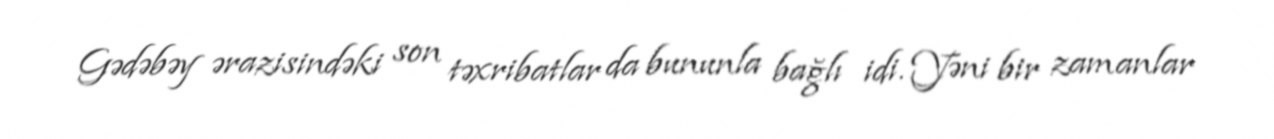
Gədəbəy ərazisindəki son təxribatlar da bununla bağlı idi. Yəni bir zamanlar